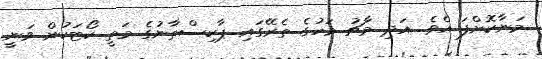
މަނާކޮށްފަ އެވެ. އަދި މާޗު މަހުގެ ތެރޭގައި ޕާކިސްތާނުގެ މަތީ ކޯޓަކުން ވަނީ